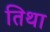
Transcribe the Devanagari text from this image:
तिथा